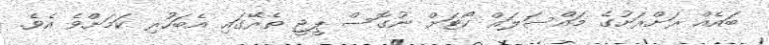
ބައެއް ރަށްރަށުގެ މައްސަލައް ކޯޓަށް ނުގޮސް ޕީޖީ ތެރޭގައި އެބަހުރި ކަމަށްވެ އެވެ.